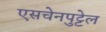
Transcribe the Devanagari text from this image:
एसचेनपुट्टेल